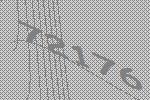
72176